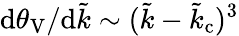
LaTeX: \mathrm{d}\theta_{\mathrm{V}}/\mathrm{d}\tilde{k}\sim(\tilde{k}-\tilde{k}_{\mathrm{c}})^{3}